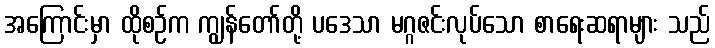
အကြောင်းမှာ ထိုစဉ်က ကျွန်တော်တို့ ပဒေသာ မဂ္ဂဇင်းလုပ်သော စာရေးဆရာများ သည်